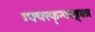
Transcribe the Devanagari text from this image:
ग्फ्फ्त्फ्न्फ्त्ज्न्क्ज